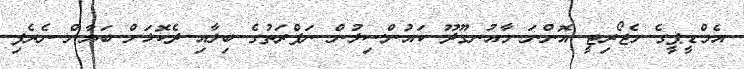
އެމްޑީޕީގެ މެޖޯރިޓީ އޮންނަ މާއުނގޫދޫ ކައުންސިލުން ނަފްރަތުގެ ބިލާއި ދެކޮޅަށް ބަޔާން ނެރެފި